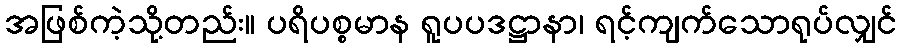
အဖြစ်ကဲ့သို့တည်း။ ပရိပစ္စမာန ရူပပဒဋ္ဌာနာ၊ ရင့်ကျက်သောရုပ်လျှင်